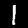
Digit: 1